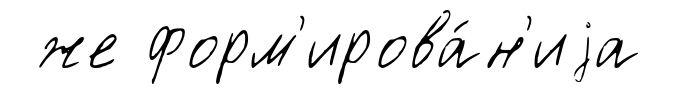
же форм'ирова́н'иjа